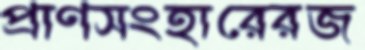
প্রাণসংহারেরজ